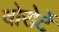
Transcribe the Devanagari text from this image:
वोरोर्टे